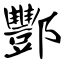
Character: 酆